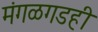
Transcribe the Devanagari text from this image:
मंगळगडही